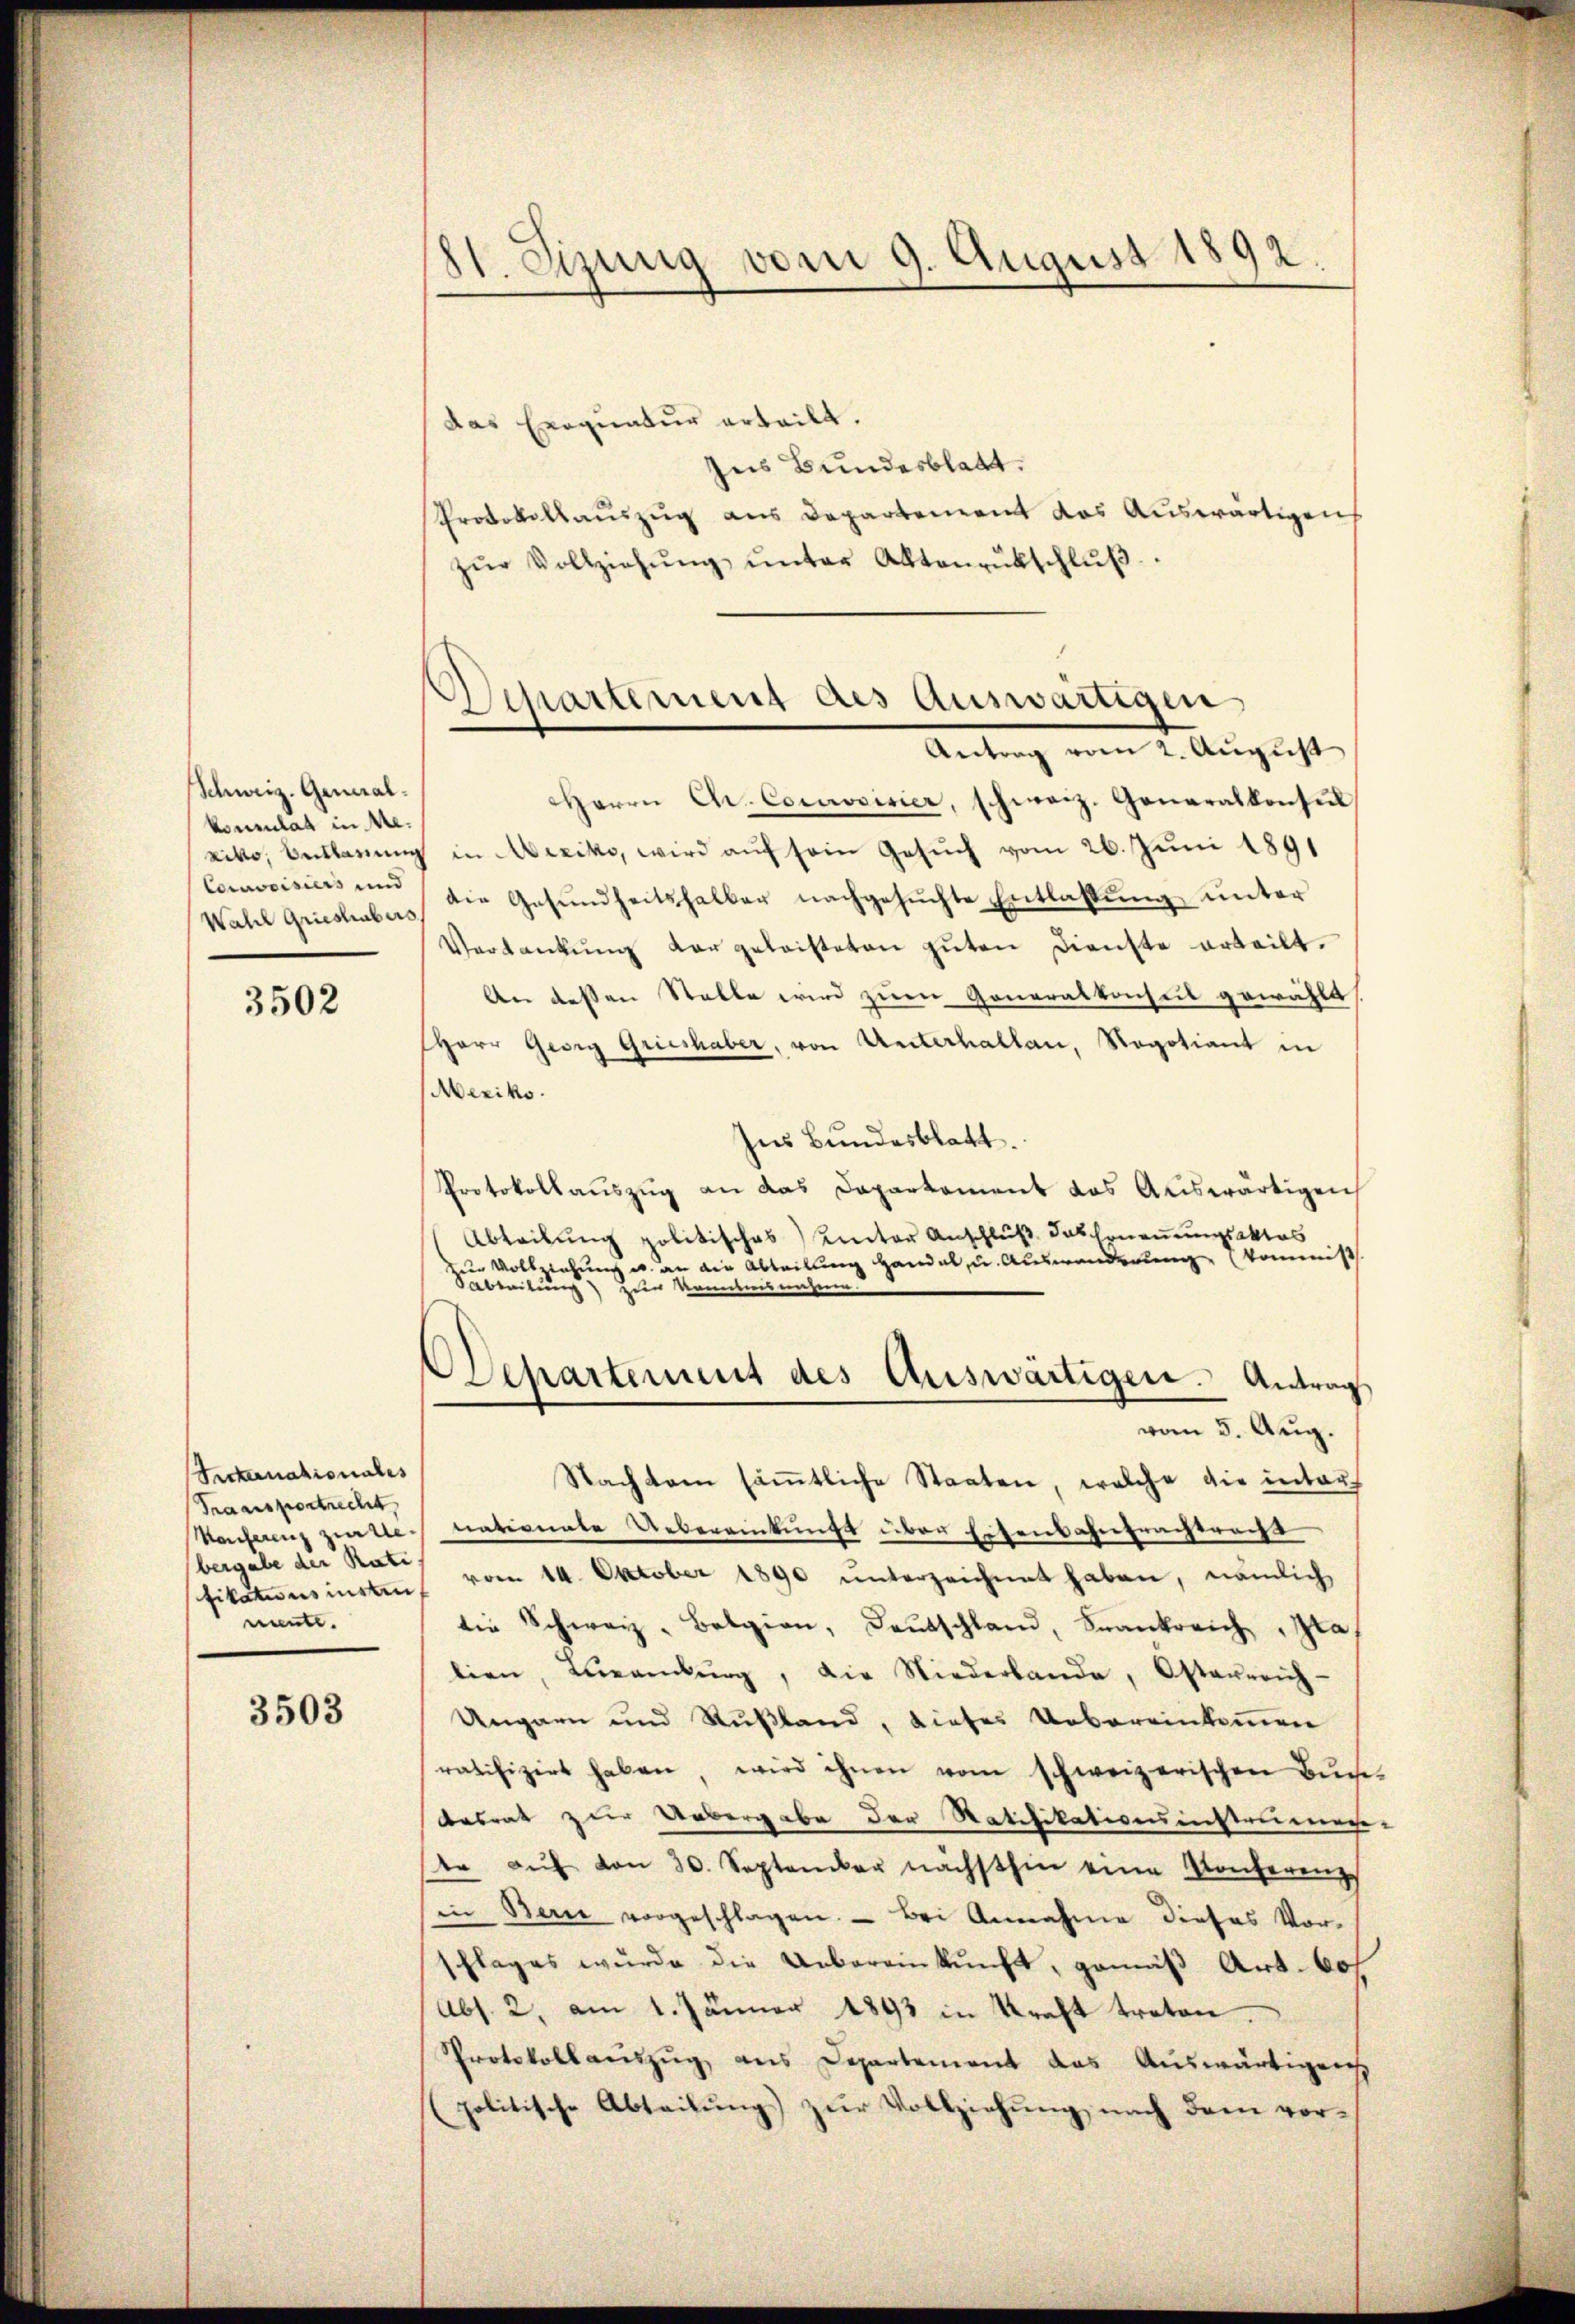
Schweiz. Generalkonsulat in Me¬
Corrorisiers und
Wahl Grieshubers

3502

Seckernationales
Traansportrecht
Konferenz zweie
bergabe der Rati
nnnte.

3503

81. Sizung vom 9. August 1892

Departement des Auswärtigen
Antrag vom 2. August

das Exequatur erteilt.
Jus Bundesblatt.
Protokollauszug aus Departement das Auswärtigen
zŭr Vollziehŭng ŭnter Aktenrütschlŭβ
Herrn Chr. Consisier, schweiz. Generalkonsŭl
xiko, Beklagung in Mexiko, wird auf sein Gesuch vom 26. Juni 1891
die Gesŭndheitshalber nachgesŭchte Entlassŭng ŭnter
Verdankŭng dargeleisteten gŭten Dienste erteilt.
An dessen Stelle wird zum Generalkonseit gewählt
HHerr Georg Grieshaber, von Unterhalten, Regotiant in
Mexiko.
Ins Bundesblatt.
Protokollauszug an das Daparkoment das Auswärtigen
Abteilŭng politisches Rector Anschlŭβ das Erneṅŭngsaktes
zur Vollziehung u. an die Abteilung handel, u. Auswanderung kommiß
abreitung zur Kenntnisnahme
Departement des Auswärtigen. Antrag
vom 5. Aug.
Nachten säṁtliche Staaten, welche die inter
nationate Uebereinkungs über Eisensahenprachtracht
fikationsinsten vom 14. Oktober 1890 ŭnterzeichnet haben, nämlich
die Schweiz. Belgien, Deutschland, Frankreich, Ita
lien, Beamburg, die Niederlande, Osterreich-
Ungarn und Rußland, dieses Uebereinkommen
ratifizirt haben, wird ihnen vom schweizerischen Bŭch
desrat zur Uebergabe der Ratifikationsinstruirung
tr aŭf von 30. September nächsthin eine Konferenz
in Bern vorgeschlagen. Bei Annahme dieses Vor-
schlages wurde die Uebereinkunft, gemäß Art. 60f
Abs. 2, am 1. Jänner 1893 in Kraft treten.
Protokollauszug aus Departement das Auswärtigens
politische Abteilŭng zur Vollziehung nach dem vor¬